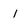
Character: 1